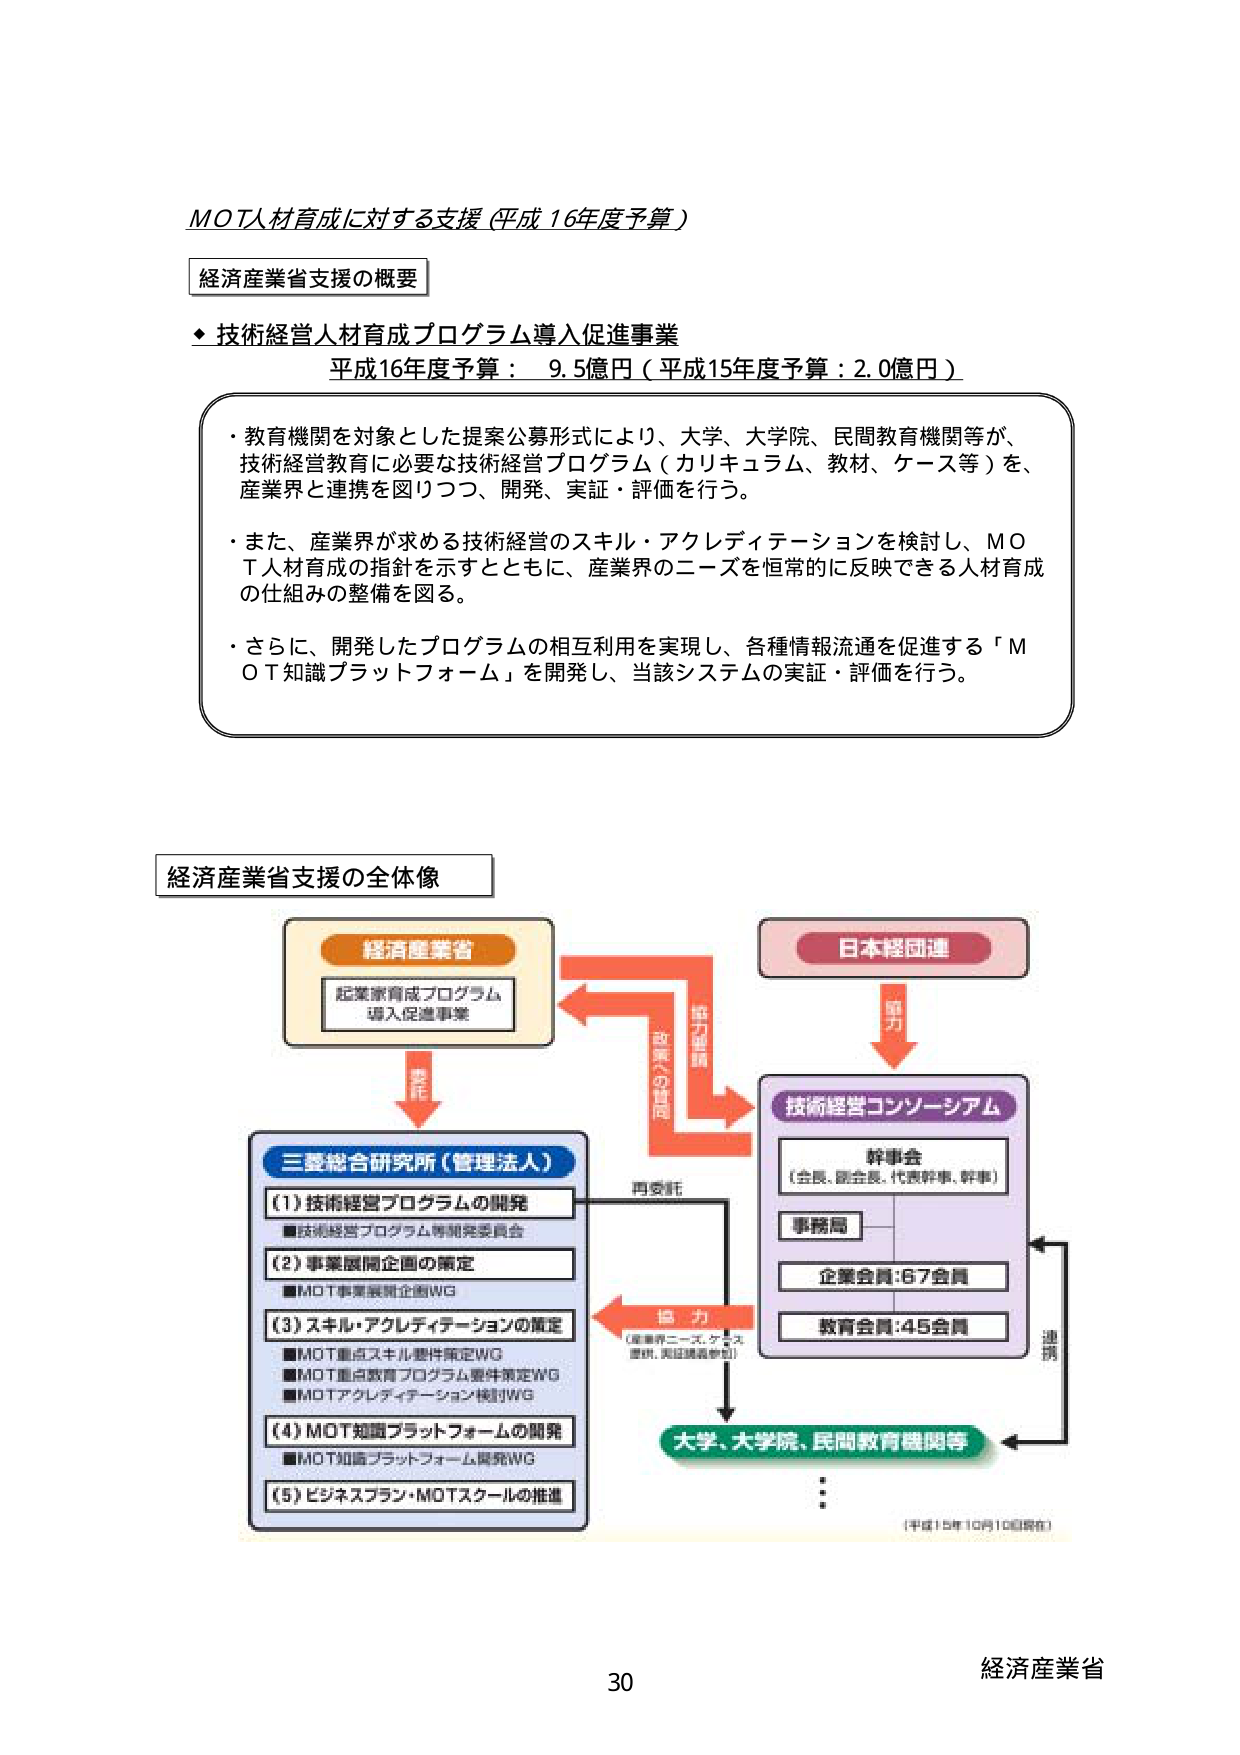
MOT人材育成に対する支援（平成16年度予算）

経済産業省支援の概要

◆ 技術経営人材育成プログラム導入促進事業
平成16年度予算： 9.5億円（平成15年度予算：2.0億円）

・教育機関を対象とした提案公募形式により、大学、大学院、民間教育機関等が、
技術経営教育に必要な技術経営プログラム（カリキュラム、教材、ケース等）を、
産業界と連携を図りつつ、開発、実証・評価を行う。

・また、産業界が求める技術経営のスキル・アクレディテーションを検討し、MOT人材育成の指針を示すとともに、産業界のニーズを恒常的に反映できる人材育成の仕組みの整備を図る。

・さらに、開発したプログラムの相互利用を実現し、各種情報流通を促進する「MOT知識プラットフォーム」を開発し、当該システムの実証・評価を行う。

経済産業省支援の全体像

経済産業省
起業家育成プログラム
導入促進事業

日本経団連
協力

技術経営コンソーシアム
幹事会
（会長、副会長、代表幹事、幹事）
事務局
企業会員：67会員
教育会員：45会員

三菱総合研究所（管理法人）
（1）技術経営プログラムの開発
■技術経営プログラム等開発委員会
（2）事業展開企画の策定
■MOT事業展開企画WG
（3）スキル・アクレディテーションの策定
■MOT重点スキル要件策定WG
■MOT重点教育プログラム要件策定WG
■MOTアクレディテーション検討WG
（4）MOT知識プラットフォームの開発
■MOT知識プラットフォーム開発WG
（5）ビジネスプラン・MOTスクールの推進

再委託
協力
（産業界ニーズ、ケース提供、実証評価参加）
連携

大学、大学院、民間教育機関等

（平成15年10月10日現在）

30
経済産業省